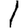
Digit: 1